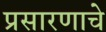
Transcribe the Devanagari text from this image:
प्रसारणाचे